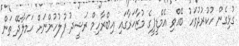
ގުޅިގެން ހުކުރުދުވަހު ބޭއްވި އެމްޑީޕީގެ މުޒާހަރާގައި އިބްރާހިމް ރަޝީދު ފުލުހުންނަށް ހަމަލާދޭ ތަން